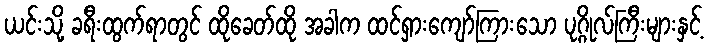
ယင်းသို့ ခရီးထွက်ရာတွင် ထိုခေတ်ထို အခါက ထင်ရှားကျော်ကြားသော ပုဂ္ဂိုလ်ကြီးများနှင့်